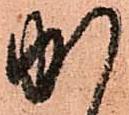
か